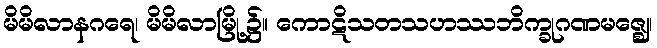
မိမိလာနဂရေ၊ မိမိလာမြို့၌။ ကောဋိသတသဟဿဘိက္ခုဂဏမဇ္ဈေ၊